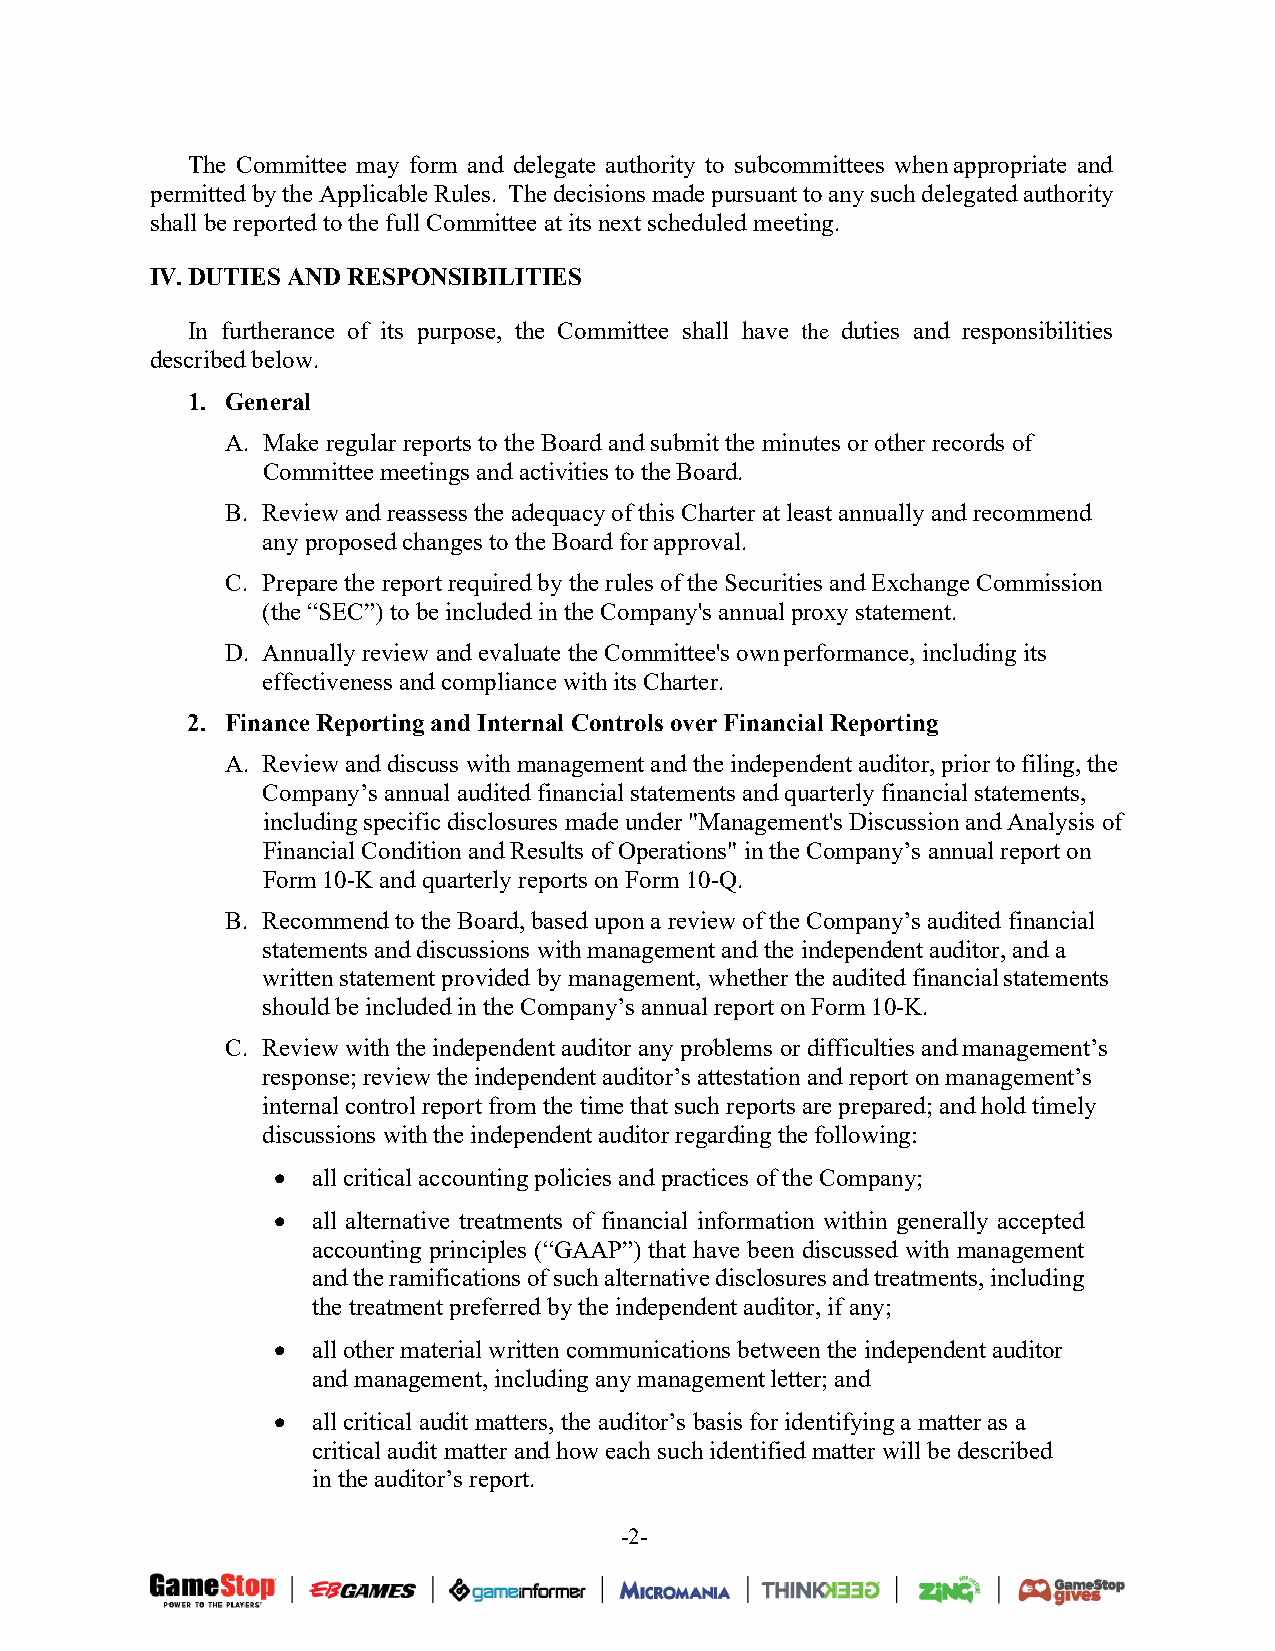
The Committee may form and delegate authority to subcommittees when appropriate and
 permitted by the Applicable Rules. The decisions made pursuant to any such delegated authority
 shall be reported to the full Committee at its next scheduled meeting.
 IV. DUTIES AND RESPONSIBILITIES
 In furtherance of its purpose, the Committee shall have the duties and responsibilities
 described below.
 1. General
 A. Make regular reports to the Board and submit the minutes or other records of
 Committee meetings and activities to the Board.
 B. Review and reassess the adequacy of this Charter at least annually and recommend
 any proposed changes to the Board for approval.
 C. Prepare the report required by the rules of the Securities and Exchange Commission
 (the “SEC”) to be included in the Company's annual proxy statement.
 D. Annually review and evaluate the Committee's own performance, including its
 effectiveness and compliance with its Charter.
 2. Finance Reporting and Internal Controls over Financial Reporting
 A. Review and discuss with management and the independent auditor, prior to filing, the
 Company’s annual audited financial statements and quarterly financial statements,
 including specific disclosures made under "Management's Discussion and Analysis of
 Financial Condition and Results of Operations" in the Company’s annual report on
 Form 10-K and quarterly reports on Form 10-Q.
 B. Recommend to the Board, based upon a review of the Company’s audited financial
 statements and discussions with management and the independent auditor, and a
 written statement provided by management, whether the audited financial statements
 should be included in the Company’s annual report on Form 10-K.
 C. Review with the independent auditor any problems or difficulties and management’s
 response; review the independent auditor’s attestation and report on management’s
 internal control report from the time that such reports are prepared; and hold timely
 discussions with the independent auditor regarding the following:
 •  all critical accounting policies and practices of the Company;
 •  all alternative treatments of financial information within generally accepted
 accounting principles (“GAAP”) that have been discussed with management
 and the ramifications of such alternative disclosures and treatments, including
 the treatment preferred by the independent auditor, if any;
 •  all other material written communications between the independent auditor
 and management, including any management letter; and
 •  all critical audit matters, the auditor’s basis for identifying a matter as a
 critical audit matter and how each such identified matter will be described
 in the auditor’s report.
 -2-